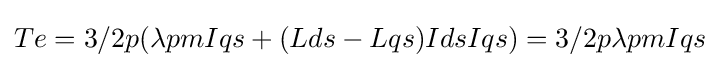
Te=3/2p(\lambda pmIqs+(Lds-Lqs)IdsIqs)=3/2p\lambda pmIqs